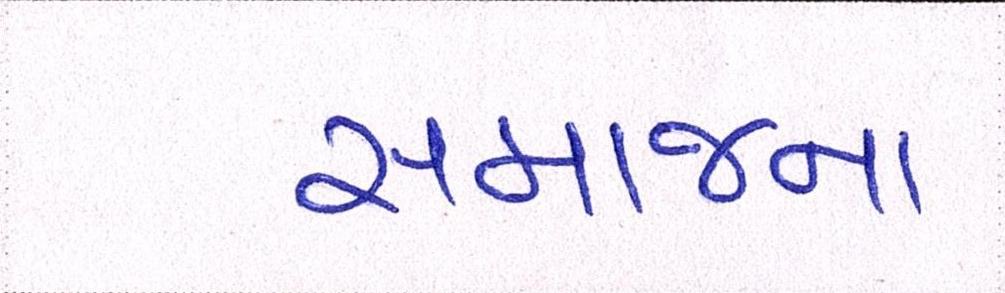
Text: સમાજના